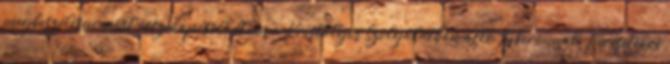
megbeszélésen most összekapcsolódtam a Kristályos Szolgálatban álló Tyberonnal. Kérésetekre